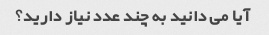
آیا می دانید به چند عدد نیاز دارید؟